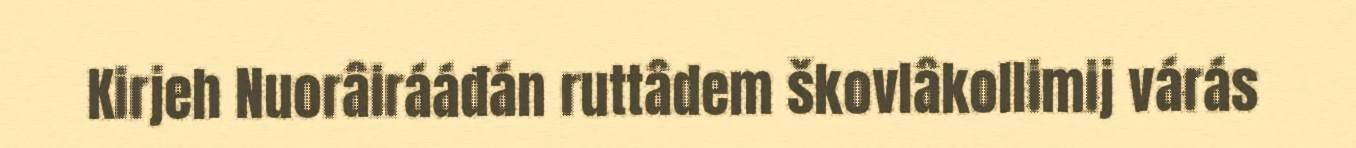
Kirjeh Nuorâirááđán ruttâdem škovlâkollimij várás